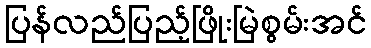
ပြန်လည်ပြည့်ဖြိုးမြဲစွမ်းအင်